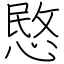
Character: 愍